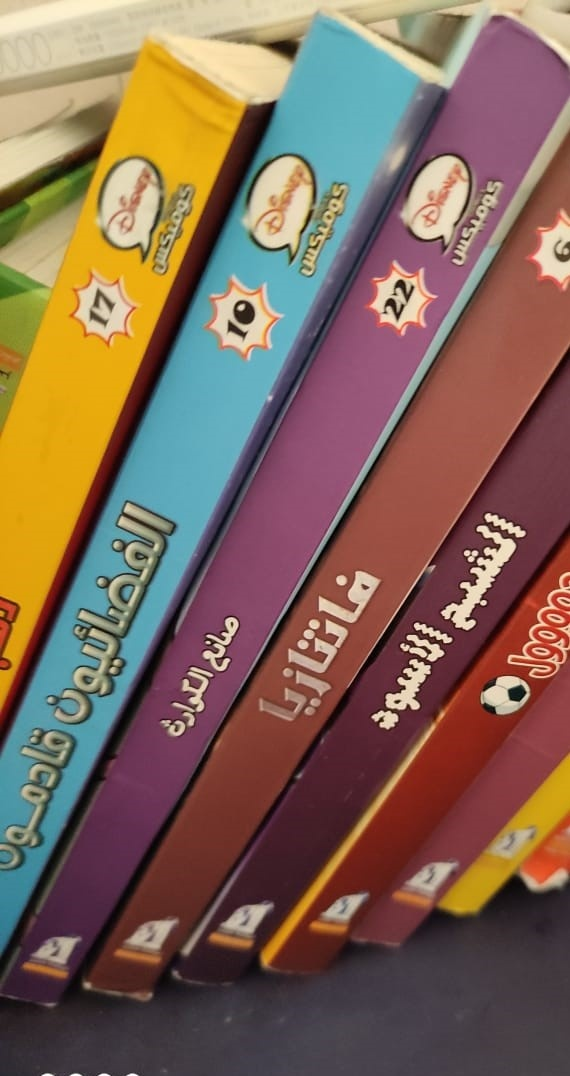
Text in image: كوميكس كوميكس كوميكس الشبح الفضائيون صانع فانتازيا الاسود الكوارث قادمو 22 17 10